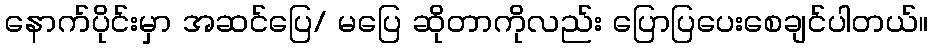
နောက်ပိုင်းမှာ အဆင်ပြေ/ မပြေ ဆိုတာကိုလည်း ပြောပြပေးစေချင်ပါတယ်။